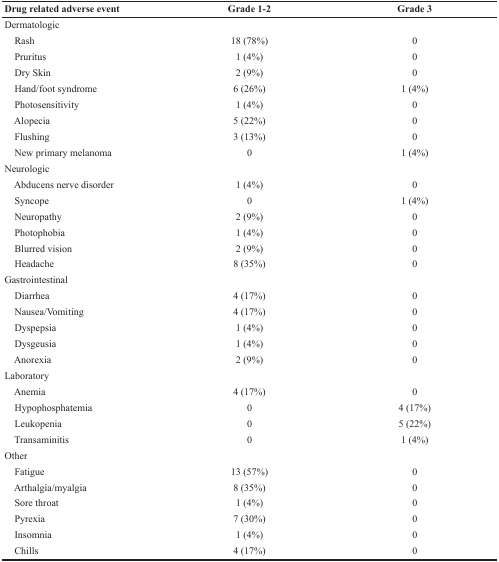
<table><thead><tr><td><b>Drug related adverse event</b></td><td><b>Grade 1-2</b></td><td><b>Grade 3</b></td></tr></thead><tbody><tr><td>Dermatologic</td><td></td><td></td></tr><tr><td> Rash</td><td>18 (78%)</td><td>0</td></tr><tr><td> Pruritus</td><td>1 (4%)</td><td>0</td></tr><tr><td> Dry Skin</td><td>2 (9%)</td><td>0</td></tr><tr><td> Hand/foot syndrome</td><td>6 (26%)</td><td>1 (4%)</td></tr><tr><td> Photosensitivity</td><td>1 (4%)</td><td>0</td></tr><tr><td> Alopecia</td><td>5 (22%)</td><td>0</td></tr><tr><td> Flushing</td><td>3 (13%)</td><td>0</td></tr><tr><td> New primary melanoma</td><td>0</td><td>1 (4%)</td></tr><tr><td>Neurologic</td><td></td><td></td></tr><tr><td> Abducens nerve disorder</td><td>1 (4%)</td><td>0</td></tr><tr><td> Syncope</td><td>0</td><td>1 (4%)</td></tr><tr><td> Neuropathy</td><td>2 (9%)</td><td>0</td></tr><tr><td> Photophobia</td><td>1 (4%)</td><td>0</td></tr><tr><td> Blurred vision</td><td>2 (9%)</td><td>0</td></tr><tr><td> Headache</td><td>8 (35%)</td><td>0</td></tr><tr><td>Gastrointestinal</td><td></td><td></td></tr><tr><td> Diarrhea</td><td>4 (17%)</td><td>0</td></tr><tr><td> Nausea/Vomiting</td><td>4 (17%)</td><td>0</td></tr><tr><td> Dyspepsia</td><td>1 (4%)</td><td>0</td></tr><tr><td> Dysgeusia</td><td>1 (4%)</td><td>0</td></tr><tr><td> Anorexia</td><td>2 (9%)</td><td>0</td></tr><tr><td>Laboratory</td><td></td><td></td></tr><tr><td> Anemia</td><td>4 (17%)</td><td>0</td></tr><tr><td> Hypophosphatemia</td><td>0</td><td>4 (17%)</td></tr><tr><td> Leukopenia</td><td>0</td><td>5 (22%)</td></tr><tr><td> Transaminitis</td><td>0</td><td>1 (4%)</td></tr><tr><td>Other</td><td></td><td></td></tr><tr><td> Fatigue</td><td>13 (57%)</td><td>0</td></tr><tr><td> Arthalgia/myalgia</td><td>8 (35%)</td><td>0</td></tr><tr><td> Sore throat</td><td>1 (4%)</td><td>0</td></tr><tr><td> Pyrexia</td><td>7 (30%)</td><td>0</td></tr><tr><td> Insomnia</td><td>1 (4%)</td><td>0</td></tr><tr><td> Chills</td><td>4 (17%)</td><td>0</td></tr></tbody></table>